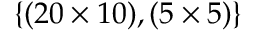
\{ ( 2 0 \times 1 0 ) , ( 5 \times 5 ) \}